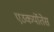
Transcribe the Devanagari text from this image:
एउकर्योतेस